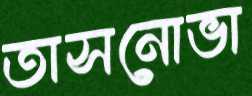
তাসনোভা